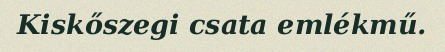
Kiskőszegi csata emlékmű.